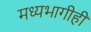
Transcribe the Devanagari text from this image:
मध्यभागीही